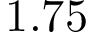
1 . 7 5